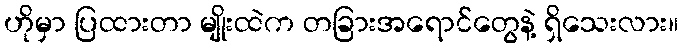
ဟိုမှာ ပြထားတာ မျိုးထဲက တခြားအရောင်တွေနဲ့ ရှိသေးလား။